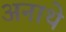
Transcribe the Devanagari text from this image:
अनाथे